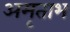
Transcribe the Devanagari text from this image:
अमृताभ